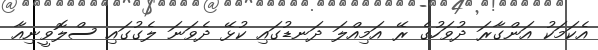
އެކަމަކު އަންގާރަ ދުވަހުގެ ރޭ އަމިއްލަ ދަނޑުގައި ކުޅޭ ދެވަނަ ލެގުގައި ސްލޮވީނިއާ